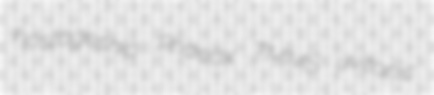
hostageship Phaeax TMMS uvitonic